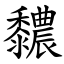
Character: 䵜